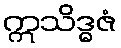
ဣသိဒ္ဓဇံ